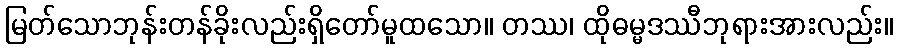
မြတ်သောဘုန်းတန်ခိုးလည်းရှိတော်မူထသော။ တဿ၊ ထိုဓမ္မဒဿီဘုရားအားလည်း။